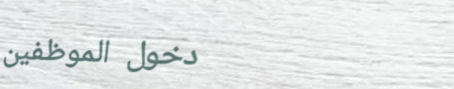
دخول الموظفين